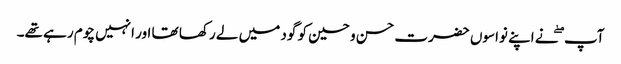
آپ ۖ نے اپنے نواسوں حضرت حسن و حسین کو گود میں لے رکھا تھا اور انہیں چوم رہے تھے۔